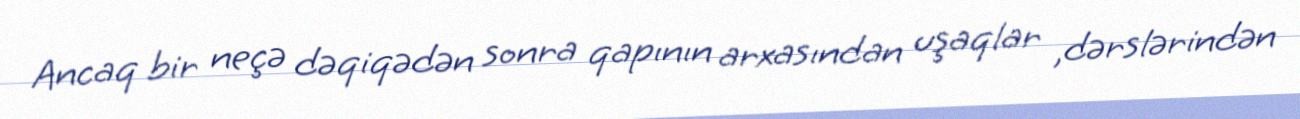
Ancaq bir neçə dəqiqədən sonra qapının arxasından uşaqlar ,dərslərindən